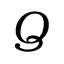
Q